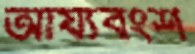
আর্য্যবংশ